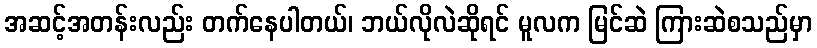
အဆင့်အတန်းလည်း တက်နေပါတယ်၊ ဘယ်လိုလဲဆိုရင် မူလက မြင်ဆဲ ကြားဆဲစသည်မှာ